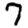
Digit: 7